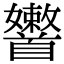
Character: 𩠶